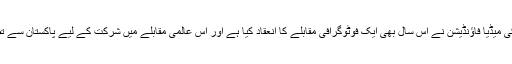
کیلیفورنیا سے چلائی جانے والی وکی میڈیا فاؤنڈیشن نے اس سال بھی ایک فوٹوگرافی مقابلے کا انعقاد کیا ہے اور اس عالمی مقابلے میں شرکت کے لیے پاکستان سے تصاویر کا انتخاب بھی کرلیا گیا ہے۔